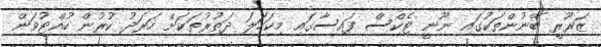
ޒަރޫރީ ބޭނުންތަކުގައި ނޫނީ ޓެކްސް ފައިސާގައި މިކަހަަލަ ދަތުރުތަކަށް ހަރަދު ކުރުން ހުއްޓުވަން